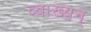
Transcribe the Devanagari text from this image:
व्याख्यन्